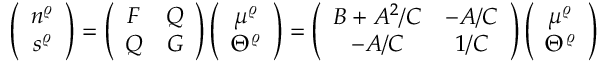
\left( \begin{array} { c } { { n ^ { \varrho } } } \\ { { s ^ { \varrho } } } \end{array} \right) = \left( \begin{array} { c c } { { F } } & { { Q } } \\ { { Q } } & { { G } } \end{array} \right) \left( \begin{array} { c } { { \mu ^ { \varrho } } } \\ { { \Theta ^ { \varrho } } } \end{array} \right) = \left( \begin{array} { c c } { { B + A ^ { 2 } / C } } & { { - A / C } } \\ { { - A / C } } & { { 1 / C } } \end{array} \right) \left( \begin{array} { c } { { \mu ^ { \varrho } } } \\ { { \Theta ^ { \varrho } } } \end{array} \right)